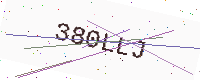
Text: 380LLJ